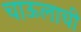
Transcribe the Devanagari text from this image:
चाऊलाची